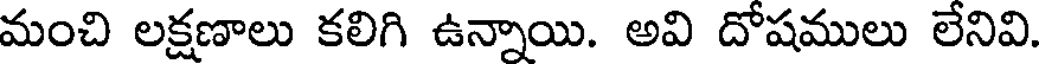
మంచి లక్షణాలు కలిగి ఉన్నాయి. అవి దోషములు లేనివి